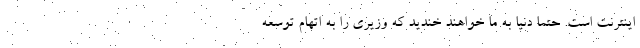
اینترنت است. حتماً دنیا به ما خواهند خندید که وزیری را به اتهام توسعه